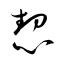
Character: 恝